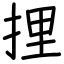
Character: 捚